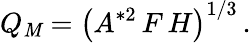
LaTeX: Q_{\mathit{M}}=\left(A^{*2}\, F\, H\right)^{1/3}\, .